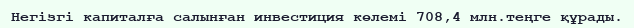
Негiзгi капиталға салынған инвестиция көлемi 708,4 млн.теңге құрады.